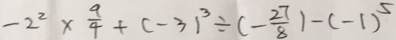
- 2 ^ { 2 } \times \frac { 9 } { 4 } + ( - 3 ) ^ { 3 } \div ( - \frac { 2 7 } { 8 } ) - ( - 1 ) ^ { 5 }